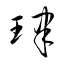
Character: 珒